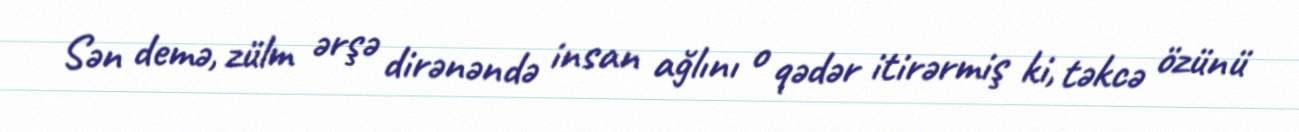
Sən demə, zülm ərşə dirənəndə insan ağlını o qədər itirərmiş ki, təkcə özünü